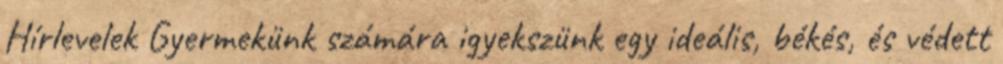
Hírlevelek Gyermekünk számára igyekszünk egy ideális, békés, és védett